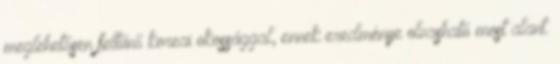
meglehetősen feltűnő koreai okossággal, ennek eredménye olvasható most alant.